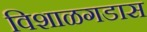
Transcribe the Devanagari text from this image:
विशाळगडास